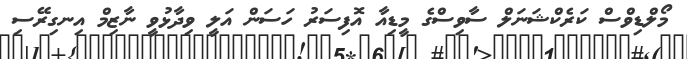
މޯލްޑިވްސް ކަރެކްޝަނަލް ސާވިސްގެ މީޑިއާ އޮފިސަރު ހަސަން އަލީ ވިދާޅުވީ ނާޒިމް އިނގިރޭސި